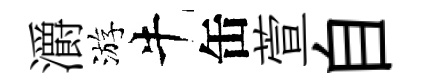
灂游牛缶萱自